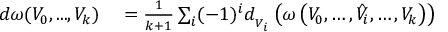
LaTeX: \begin{array} { r l } { d \omega ( V _ { 0 } , . . . , V _ { k } ) } & { { } = { \frac { 1 } { k + 1 } } \sum _ { i } ( - 1 ) ^ { i } d _ { { } _ { V _ { i } } } \left( \omega \left( V _ { 0 } , \ldots , { \hat { V } } _ { i } , \ldots , V _ { k } \right) \right) } \end{array}